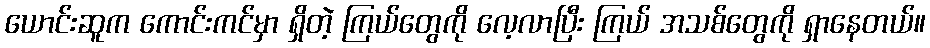
ယောင်းဆူက ကောင်းကင်မှာ ရှိတဲ့ ကြယ်တွေကို လေ့လာပြီး ကြယ် အသစ်တွေကို ရှာနေတယ်။